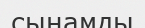
сынамды